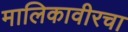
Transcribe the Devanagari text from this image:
मालिकावीरचा